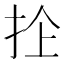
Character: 𢫜